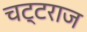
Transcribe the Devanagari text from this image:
चट्टराज